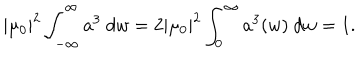
| \mu _ { 0 } | ^ { 2 } \int _ { - \infty } ^ { \infty } a ^ { 3 } ~ d w = 2 | \mu _ { 0 } | ^ { 2 } \int _ { 0 } ^ { \infty } a ^ { 3 } ( w ) ~ d w = 1 .